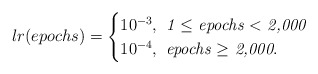
\begin{align*}lr(epochs)=\begin{cases}10^{-3}, \textit{ 1 $\leq$ epochs $<$ 2,000}\\10^{-4},\textit{ epochs $\geq$ 2,000}.\end{cases}\end{align*}